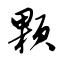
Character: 颗